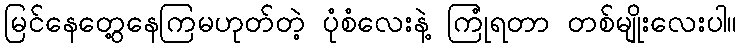
မြင်နေတွေ့နေကြမဟုတ်တဲ့ ပုံစံလေးနဲ့ ကြုံရတာ တစ်မျိုးလေးပါ။